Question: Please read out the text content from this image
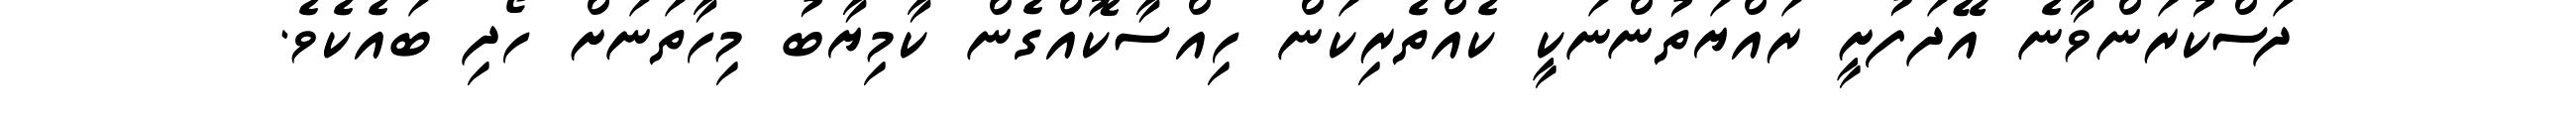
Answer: ދަސްކުރަންވާނެ އޭދަފުށީ ރައްޔަތުންނަކީ ކެއްތެރިކަން ހިއްސާކޮއްގެން ކާމިޔާބު މިހާތަނަށް ހޯދި ބައެކެވެ.